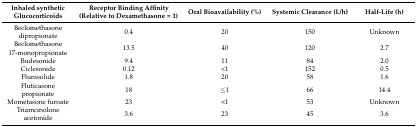
<table><thead><tr><td><b>Inhaled synthetic Glucocorticoids</b></td><td><b>Receptor Binding Affinity (Relative to Dexamethasone = 1)</b></td><td><b>Oral Bioavailability (%)</b></td><td><b>Systemic Clearance (L/h)</b></td><td><b>Half-Life (h)</b></td></tr></thead><tbody><tr><td>Beclomethasone dipropionate</td><td>0.4</td><td>20</td><td>150</td><td>Unknown</td></tr><tr><td>Beclomethasone 17-monopropionate</td><td>13.5</td><td>40</td><td>120</td><td>2.7</td></tr><tr><td>Budesonide</td><td>9.4</td><td>11</td><td>84</td><td>2.0</td></tr><tr><td>Ciclesonide</td><td>0.12</td><td>&lt;1</td><td>152</td><td>0.5</td></tr><tr><td>Flunisolide</td><td>1.8</td><td>20</td><td>58</td><td>1.6</td></tr><tr><td>Fluticasone propionate</td><td>18</td><td>≤1</td><td>66</td><td>14.4</td></tr><tr><td>Mometasone furoate</td><td>23</td><td>&lt;1</td><td>53</td><td>Unknown</td></tr><tr><td>Triamcinolone acetonide</td><td>3.6</td><td>23</td><td>45</td><td>3.6</td></tr></tbody></table>